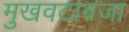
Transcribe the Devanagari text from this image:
मुखवटावजा